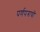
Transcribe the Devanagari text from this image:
पर्णपत्राची